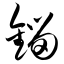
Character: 镏